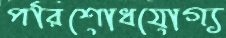
পরিশোধযোগ্য